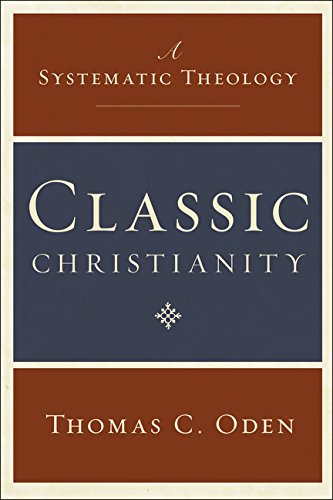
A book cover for Classic Christianity: A Systematic Theology; Thomas C. Oden; Reference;